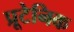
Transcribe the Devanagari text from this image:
प्रूटेनिक